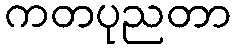
ကတပုညတာ